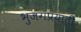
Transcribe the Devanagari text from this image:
भुजंगप्रयाती